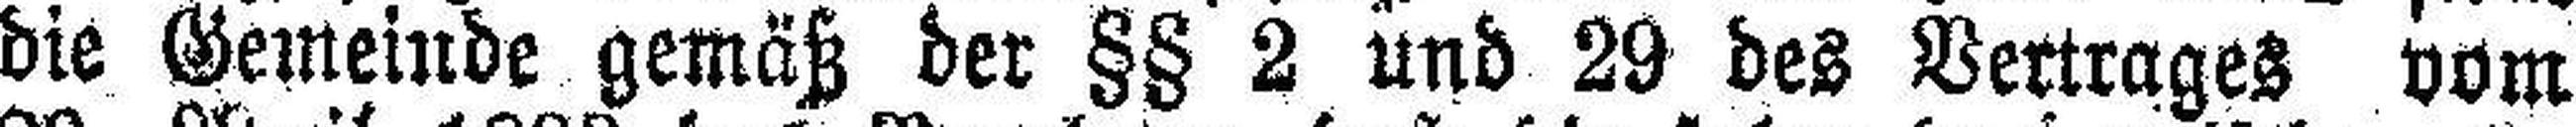
die Gemeinde gemäß der §§ 2 und 29 des Vertrages vom